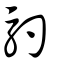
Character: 馰